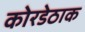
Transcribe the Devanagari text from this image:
कोरडेठाक